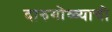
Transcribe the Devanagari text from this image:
दारुगोळ्याची